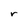
Character: r